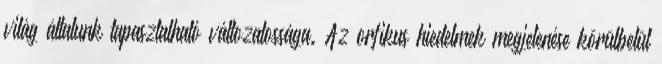
világ általunk tapasztalható változatossága. Az orfikus hiedelmek megjelenése körülbelül